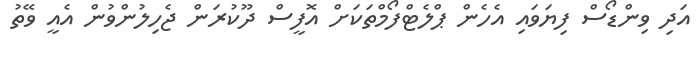
އަދި ވިންޑޯސް ފިޔަވައި އެހެން ޕްލެޓްފޯމްތަކަށް އޮފީސް ދޫކުރަން ޖެހިލުންވުން އެއީ ވޭތު